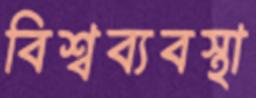
বিশ্বব্যবস্থা